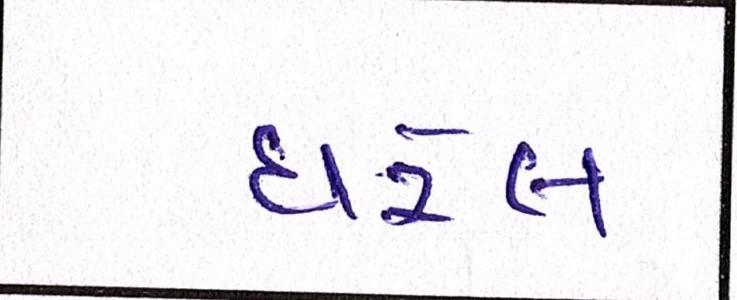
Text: ધરેલ